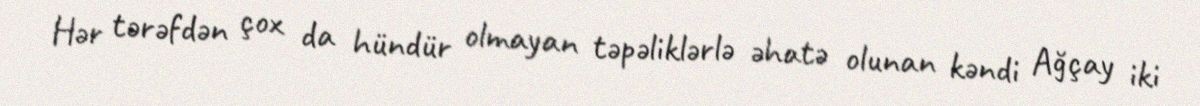
Hər tərəfdən çox da hündür olmayan təpəliklərlə əhatə olunan kəndi Ağçay iki